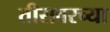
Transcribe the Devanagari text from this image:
तीरावरच्या